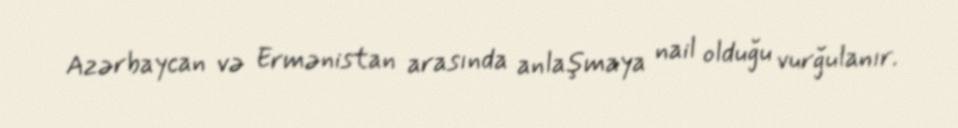
Azərbaycan və Ermənistan arasında anlaşmaya nail olduğu vurğulanır.